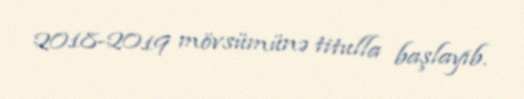
2018-2019 mövsümünə titulla başlayıb.